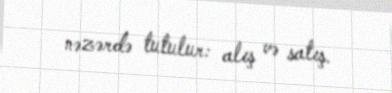
nəzərdə tutulur: alış və satış.